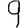
Digit: 9